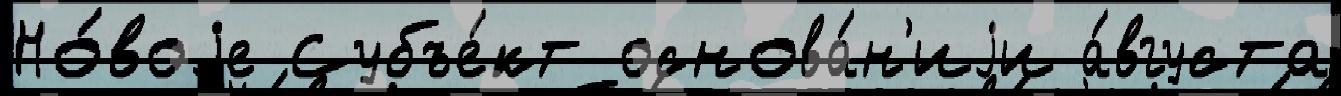
Но́воjе Субъе́кт основа́н'иjи а́вгуста